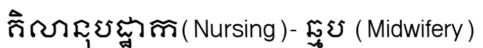
គិលានុបដ្ឋាក(Nursing)- ឆ្មប (Midwifery)